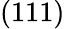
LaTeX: (111)